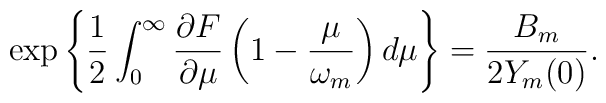
\exp \left\{ \frac{1}{2} \int_0^\infty \frac{\partial F}{\partial\mu} \left( 1 - \frac{\mu}{\omega_m}\right) d\mu \right\} =\frac{B_m}{2Y_m(0)}.